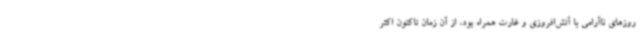
روزهای ناآرامی با آتش‌افروزی و غارت همراه بود، از آن زمان تاکنون اکثر